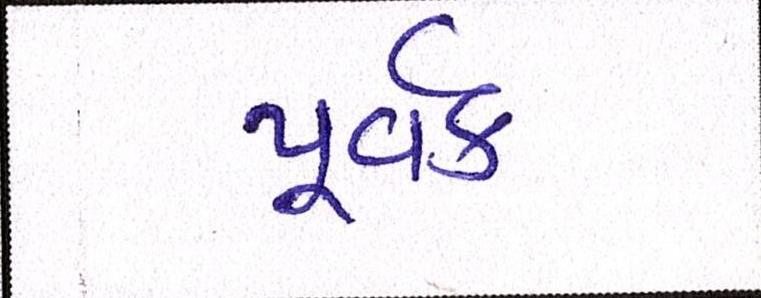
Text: પૂર્વક